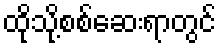
ထိုသို့စစ်ဆေးရာတွင်